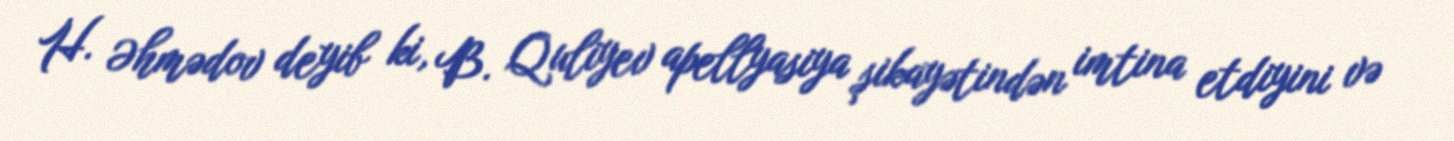
H. Əhmədov deyib ki, B. Quliyev apellyasiya şikayətindən imtina etdiyini və